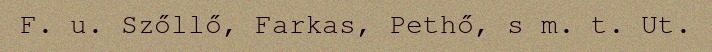
F. u. Szőllő, Farkas, Pethő, s m. t. Ut.